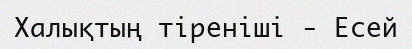
Халықтың тіреніші - Есей